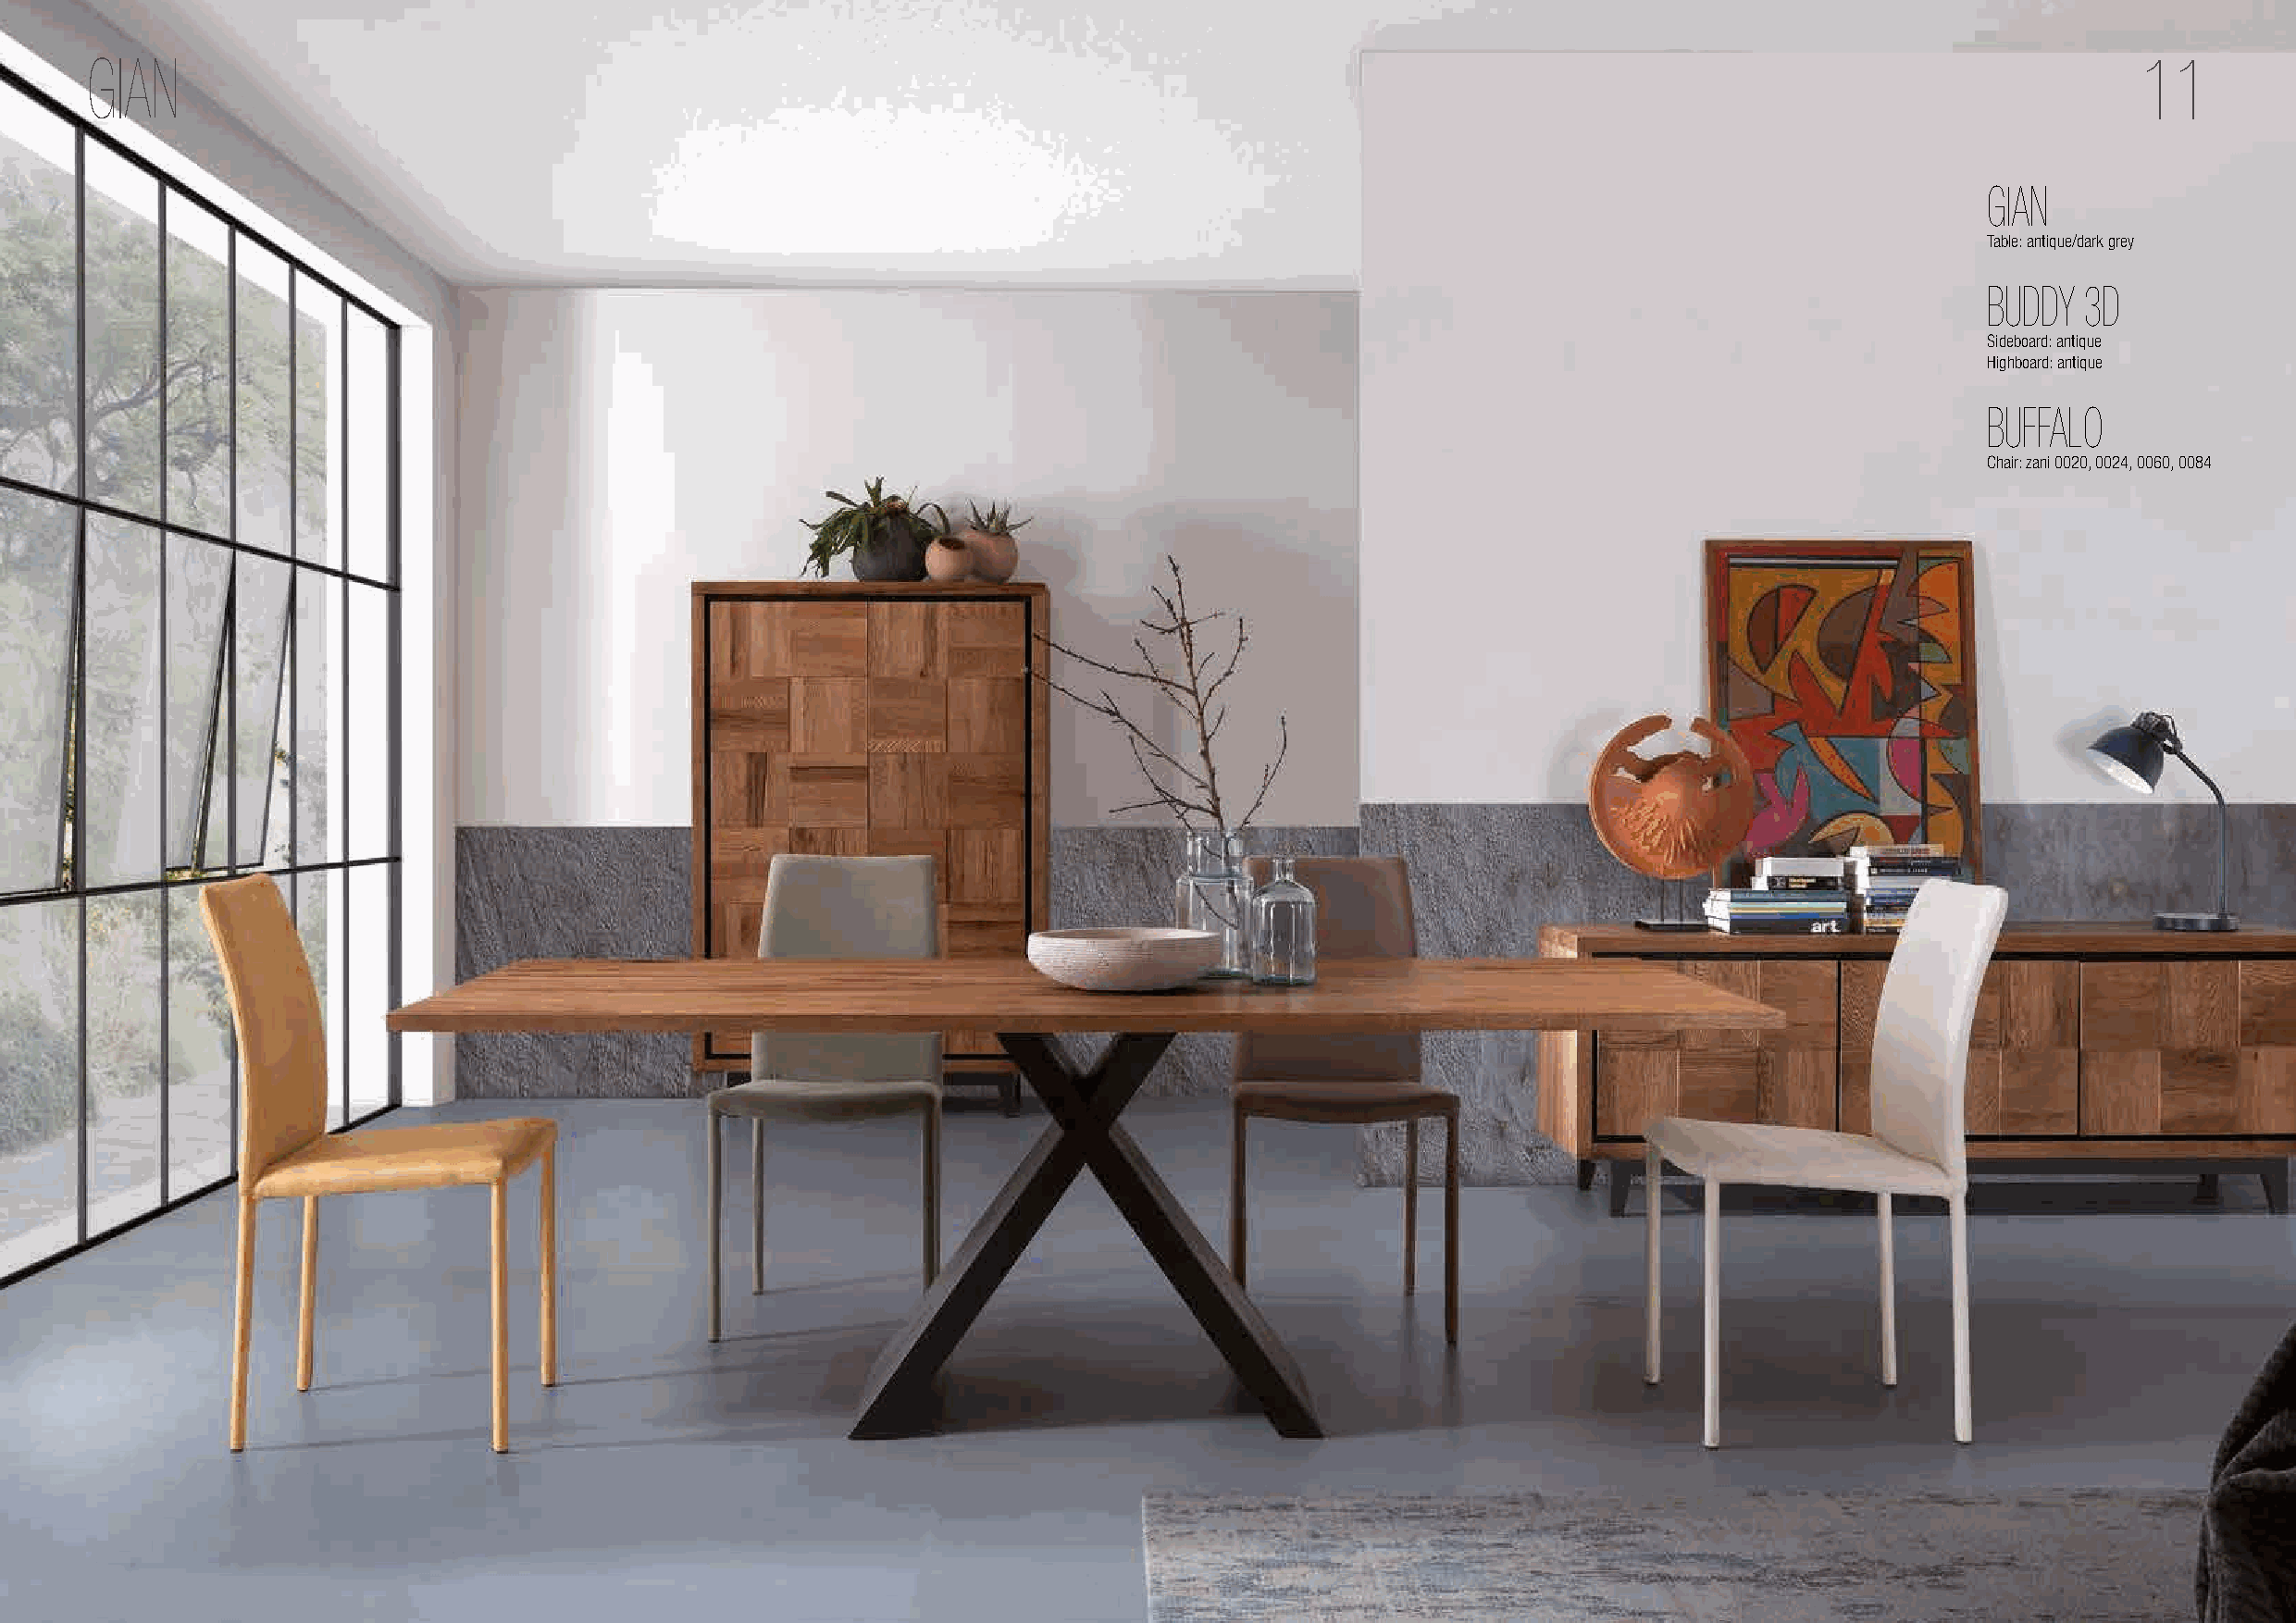
GIAN                                                                                                                                               11
 GIAN
 Table: antique/dark grey
 BUDDY  3D
 Sideboard: antique
 Highboard: antique
 BUFFALO
 Chair: zani 0020, 0024, 0060, 0084